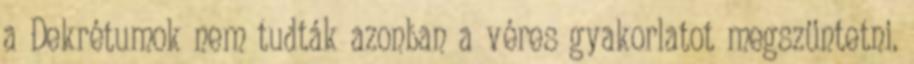
a Dekrétumok nem tudták azonban a véres gyakorlatot megszüntetni.